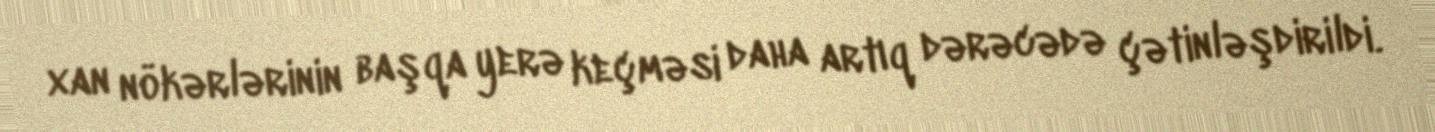
xan nökərlərinin başqa yerə keçməsi daha artıq dərəcədə çətinləşdirildi.